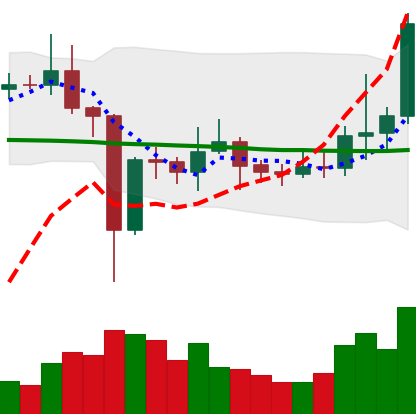
Ticker: EOS-USD
Chart end date: 2021-01-06
Forward return: -20.864%
Label: down_7plus